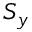
S _ { y }